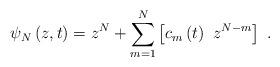
LaTeX: \begin{align*}\psi _{N}\left( z,t\right) =z^{N}+\sum_{m=1}^{N}\left[ c_{m}\left( t\right)~z^{N-m}\right] ~. \end{align*}